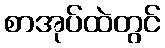
စာအုပ်ထဲတွင်